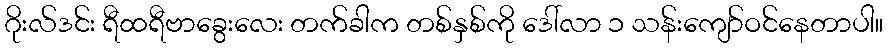
ဂိုးလ်ဒင်း ရီထရီဗာခွေးလေး တက်ခါက တစ်နှစ်ကို ဒေါ်လာ ၁ သန်းကျော်ဝင်နေတာပါ။